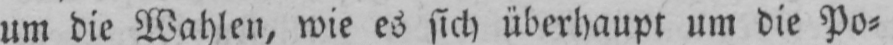
um die Wahlen, wie es sich überhaupt um die Po⸗